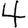
Digit: 4